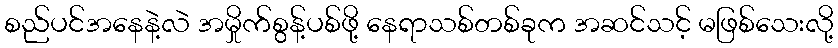
စည်ပင်အနေနဲ့လဲ အမှိုက်စွန့်ပစ်ဖို့ နေရာသစ်တစ်ခုက အဆင်သင့် မဖြစ်သေးလို့